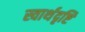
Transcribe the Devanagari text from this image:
स्वार्थदृष्टि